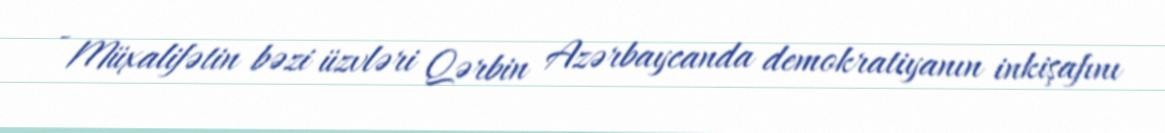
- Müxalifətin bəzi üzvləri Qərbin Azərbaycanda demokratiyanın inkişafını